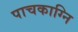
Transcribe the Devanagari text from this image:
पाचकाग्नि